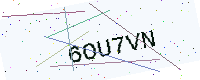
Text: 6OU7VN